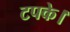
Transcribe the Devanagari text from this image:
टपके।